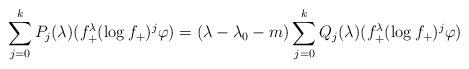
LaTeX: \begin{align*}\sum_{j=0}^{k} P_j(\lambda)(f_+^\lambda(\log f_+ )^j\varphi) = (\lambda-\lambda_0-m)\sum_{j=0}^k Q_j(\lambda)(f_+^\lambda(\log f_+)^j\varphi)\end{align*}